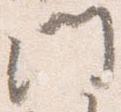
門